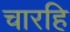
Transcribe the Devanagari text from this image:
चारहि